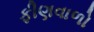
ફીણવાળો